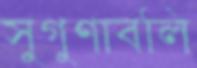
সুগুণাবলি